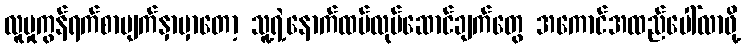
လူမှုကွန်ရက်စာမျက်နှာမှာတော့ သူ့ရဲ့နောက်ထပ်လုပ်ဆောင်ချက်တွေ အကောင်အထည်ပေါ်လာဖို့